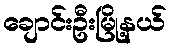
ချောင်းဦးမြို့နယ်